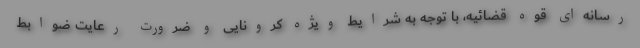
رسانه‌ای قوه قضائیه، با توجه به شرایط ویژه کرونایی و ضرورت رعایت ضوابط